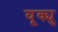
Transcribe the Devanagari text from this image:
यूक्यु